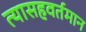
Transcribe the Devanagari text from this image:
त्यासहवर्तमान